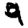
Digit: 9